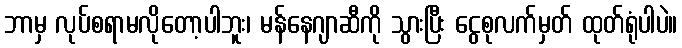
ဘာမှ လုပ်စရာမလိုတော့ပါဘူး၊ မန်နေဂျာဆီကို သွားပြီး ငွေစုလက်မှတ် ထုတ်ရုံပါပဲ။